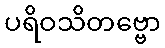
ပရိဝသိတဗ္ဗော